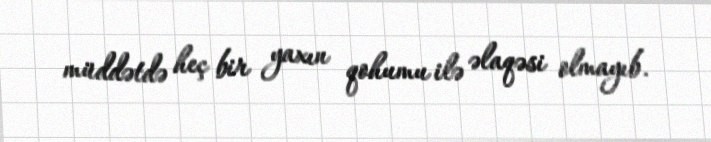
müddətdə heç bir yaxın qohumu ilə əlaqəsi olmayıb.